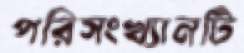
পরিসংখ্যানটি